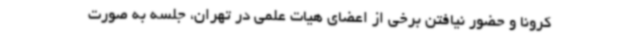
کرونا و حضور نیافتن برخی از اعضای هیات علمی در تهران، جلسه به صورت